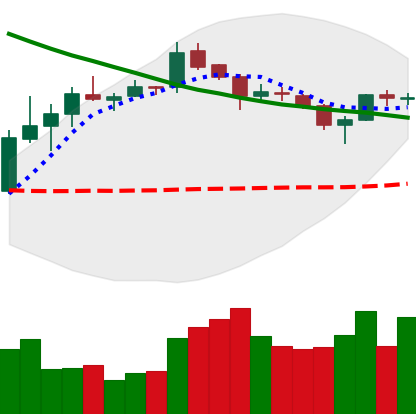
Ticker: XLM-USD
Chart end date: 2019-03-29
Forward return: 12.798%
Label: up_7plus